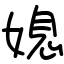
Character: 媳